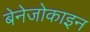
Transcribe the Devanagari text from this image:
बेनेजोकाइन